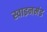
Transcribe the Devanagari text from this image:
स्वाइनमंड